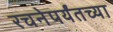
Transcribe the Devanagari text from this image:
रचनेपर्यंतच्या